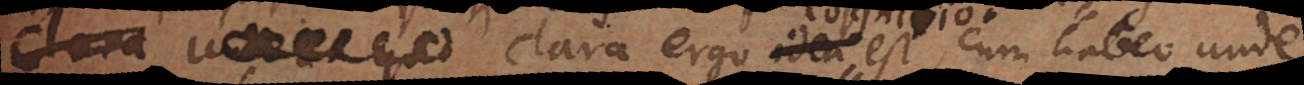
l a r a ergo idea est, cum habeo unde